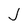
Character: J